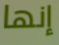
إنها